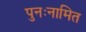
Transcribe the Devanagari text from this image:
पुनःनामित